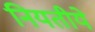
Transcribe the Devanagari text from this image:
नियतीये